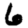
Digit: 6